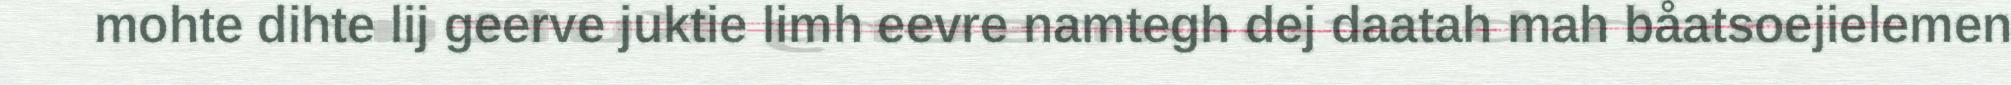
mohte dihte lij geerve juktie limh eevre namtegh dej daatah mah båatsoejielemen